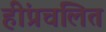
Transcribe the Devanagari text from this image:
हींप्रचलित